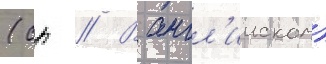
(ср // В англ'ииском)